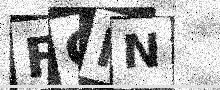
Text: FGHN